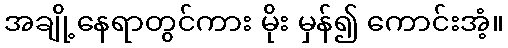
အချို့နေရာတွင်ကား မိုး မှန်၍ ကောင်းအံ့။